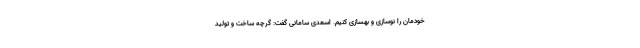
خودمان را نوسازی و بهسازی کنیم. اسعدی سامانی گفت: گرچه ساخت و تولید